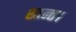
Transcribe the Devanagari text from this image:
शान्त।